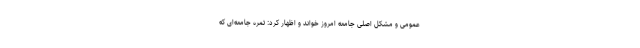
عمومی و مشکل اصلی جامعه امروز خواند و اظهار کرد: ثمره جامعه‌ای که